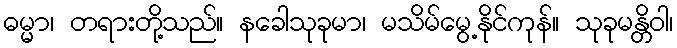
ဓမ္မာ၊ တရားတို့သည်။ နခေါသုခုမာ၊ မသိမ်မွေ့နိုင်ကုန်။ သုခုမန္တိဝါ၊